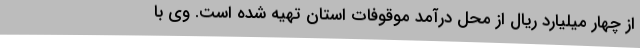
از چهار میلیارد ریال از محل درآمد موقوفات استان تهیه شده است. وی با